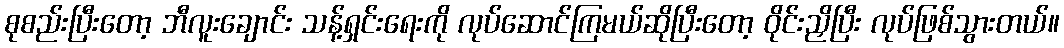
စုစည်းပြီးတော့ ဘီလူးချောင်း သန့်ရှင်းရေးကို လုပ်ဆောင်ကြမယ်ဆိုပြီးတော့ ဝိုင်းညှိပြီး လုပ်ဖြစ်သွားတယ်။